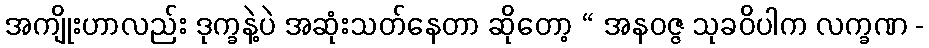
အကျိုးဟာလည်း ဒုက္ခနဲ့ပဲ အဆုံးသတ်နေတာ ဆိုတော့ “ အနဝဇ္ဇ သုခဝိပါက လက္ခဏ -